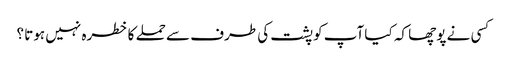
کسی نے پوچھا کہ کیا آپ کو پشت کی طرف سے حملے کا خطرہ نہیں ہوتا ؟